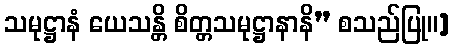
သမုဋ္ဌာနံ ယေသန္တိ စိတ္တသမုဋ္ဌာနာနိ” စသည်ပြု။]